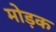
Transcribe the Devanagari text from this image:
मोड़क